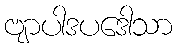
ဗျာပါဒပဒေါသာ